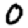
Digit: 0